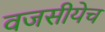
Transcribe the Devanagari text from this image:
वजसीयेच